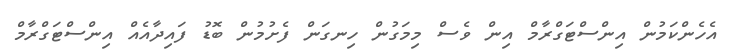
އެހެންކަމުން އިންސްޓަގްރާމް އިން ވެސް މިމަގުން ހިނގަން ފެށުމުން ބޮޑު ފައިދާއެއް އިންސްޓަގްރާމް